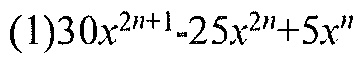
$(1)30x^{2n + 1}-25x^{2n}+5x^{n}$